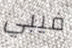
فيبي